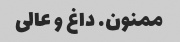
ممنون. داغ و عالی